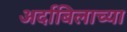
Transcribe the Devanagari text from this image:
अर्दाबिलाच्या